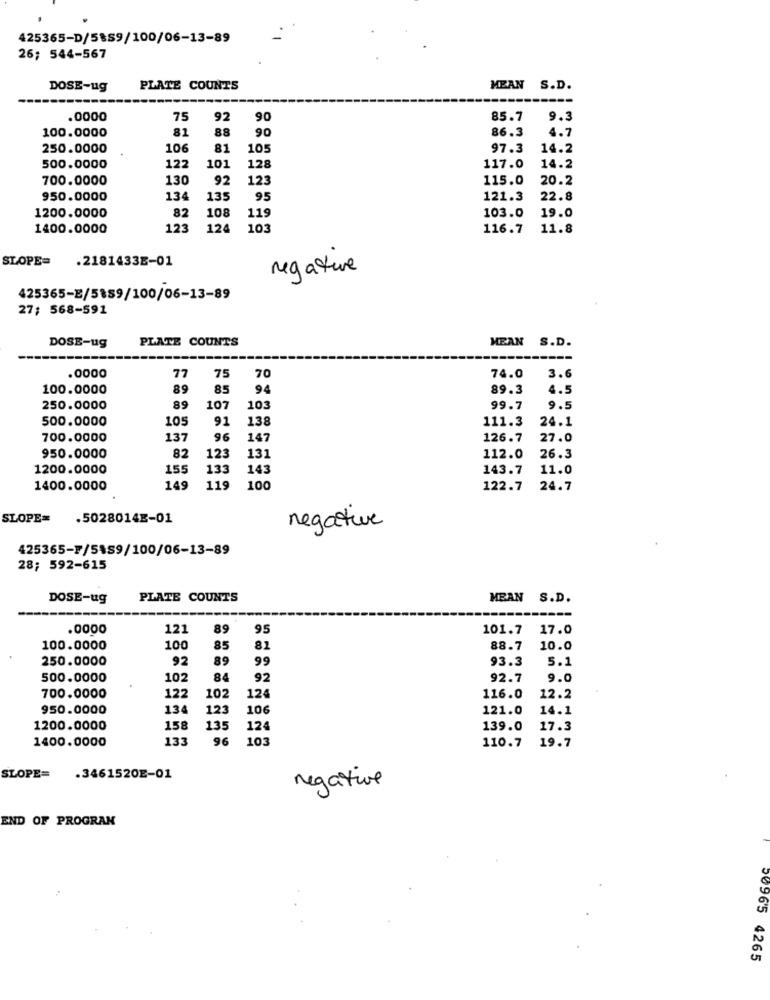
425365-D/5889/100/06-13-89
26; 544-567
DOSE-ug
PLATE COUNTS
MEAN S.D.
.0000
75
92
90
85.7
9.3
81
88
90
86.3
4.7
100.0000
250.0000
106
81
105
97.3
14.2
500.0000
122
101
128
117.0
14.2
700.0000
130
92
123
115.0
20.2
950.0000
134
135
95
121.3
22.8
82
119
19.0
1200.0000
108
103.0
1400.0000
123
124
103
116.7
11.8
SLOPE= . 2181433E-01
regature
425365-E/5889/100/06-13-89
27; 568-591
DOSE-ug
PLATE COUNTS
MEAN
S.D.
.0000
77
75
70
74.0
3.6
100.0000
89
85
94
89.3
4.5
250.0000
89
107
103
99.7
9.5
500.0000
10
91
138
111.3
24.1
700.0000
137
96
147
126.7
27.0
82
950.0000
123
131
112.0
26.3
1200.0000
155
133
143
143.7
11.0
1400.0000
149
119
100
122.7
24.7
SLOPE=
.5028014E-01
negative
425365-F/5489/100/06-13-89
28; 592-615
DOSE-ug
PLATE COUNTS
MEAN S.D.
.0000
121
89
95
101.7
17.0
100.0000
100
85
81
88.7
10.0
250.0000
92
89
99
93.3
5.1
500.0000
102
84
92
92.7
9.0
122
102
700.0000
124
116.0
12.2
950.0000
134
123
106
121.0
14.1
1200.0000
158
135
124
139.0
17.3
1400.0000
133
96
103
110.7
19.7
SLOPE=
.3461520E-01
negative
END OF PROGRAN
50965 4265